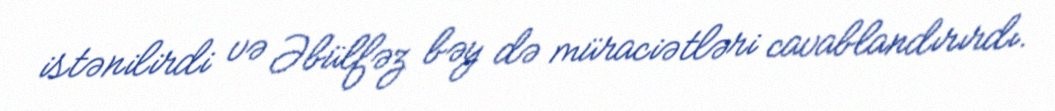
istənilirdi və Əbülfəz bəy də müraciətləri cavablandırırdı.